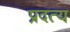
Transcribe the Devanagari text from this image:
प्रदत्य